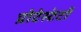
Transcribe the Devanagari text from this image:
प्रोटेस्टंटों